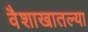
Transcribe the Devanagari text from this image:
वैशाखातल्या